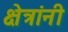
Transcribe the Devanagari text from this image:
क्षेत्रांनी